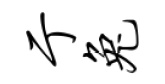
亍兔